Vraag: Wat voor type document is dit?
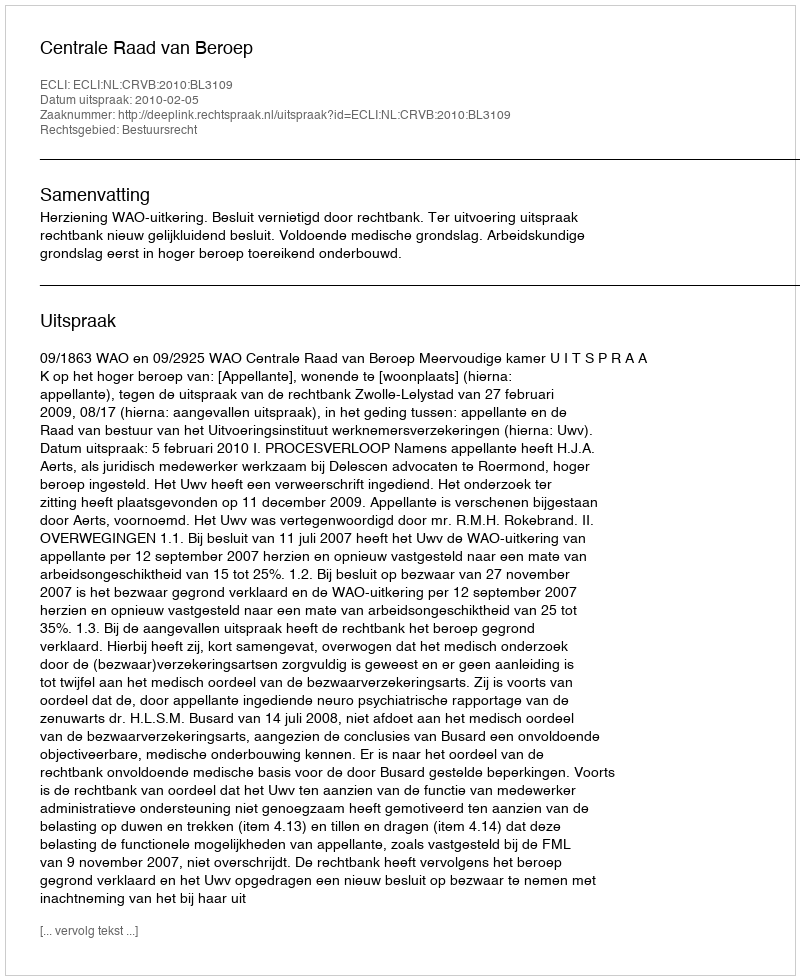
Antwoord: Uitspraak